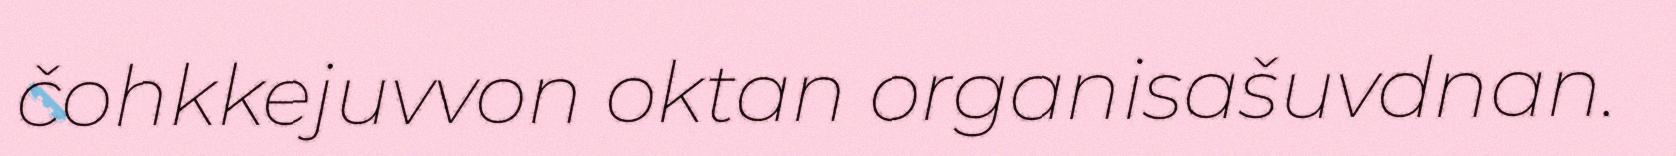
čohkkejuvvon oktan organisašuvdnan.